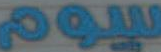
سيوم